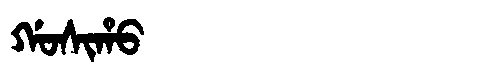
Manchu: ᡤᠣᠰᡳᡥᠣ
Romanization: GOSIHO